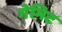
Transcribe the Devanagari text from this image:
गेमिट